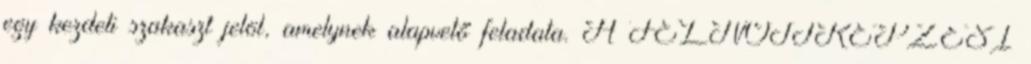
egy kezdeti szakaszt jelöl, amelynek alapvető feladata. A FELNŐTTKÉPZÉSI